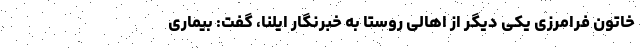
خاتون فرامرزی یکی دیگر از اهالی روستا به خبرنگار ایلنا، گفت: بیماری